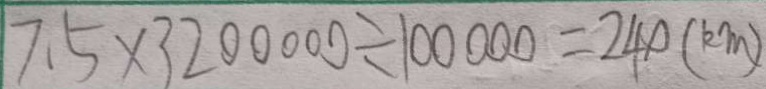
7 . 5 \times 3 2 0 0 0 0 0 \div 1 0 0 0 0 0 = 2 4 0 ( k m )